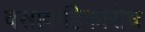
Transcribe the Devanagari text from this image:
वसावाहिकारोध